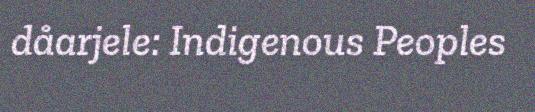
dåarjele: Indigenous Peoples